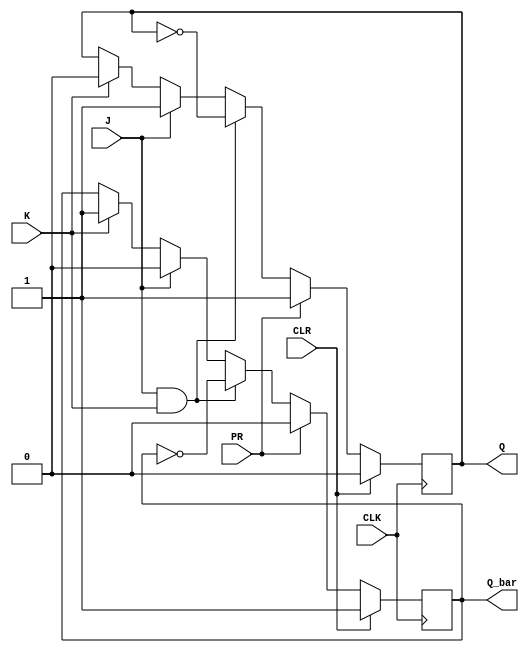
module jk_flip_flop (
    input J, 
    input K, 
    input CLK, 
    input CLR, 
    input PR, 
    output reg Q, 
    output reg Q_bar
);

always @(posedge CLK) begin
    if (CLR) begin
        Q <= 0;
        Q_bar <= 1;
    end else if (PR) begin
        Q <= 1;
        Q_bar <= 0;
    end else begin
        if (J & K) begin
            Q <= ~Q;
            Q_bar <= ~Q_bar;
        end else if (J) begin
            Q <= 1;
            Q_bar <= 0;
        end else if (K) begin
            Q <= 0;
            Q_bar <= 1;
        end
    end
end

endmodule